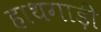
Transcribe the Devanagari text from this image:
हाथगाड़ी